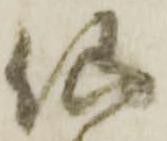
仙